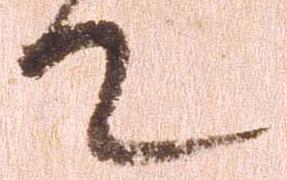
て